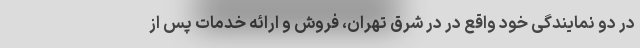
در دو نمایندگی خود واقع در در شرق تهران، فروش و ارائه خدمات پس از